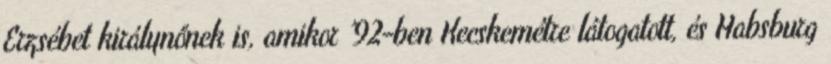
Erzsébet királynőnek is, amikor ’92-ben Kecskemétre látogatott, és Habsburg